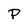
Character: P